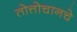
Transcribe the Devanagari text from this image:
तोत्तोचानचे